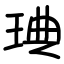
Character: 琠